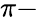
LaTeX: \pi-